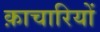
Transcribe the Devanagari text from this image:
क़ाचारियों